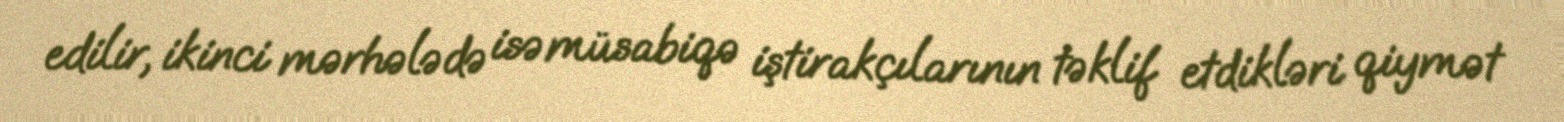
edilir, ikinci mərhələdə isə müsabiqə iştirakçılarının təklif etdikləri qiymət